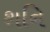
શનિ